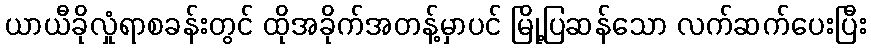
ယာယီခိုလှုံရာစခန်းတွင် ထိုအခိုက်အတန့်မှာပင် မြို့ပြဆန်သော လက်ဆက်ပေးပြီး